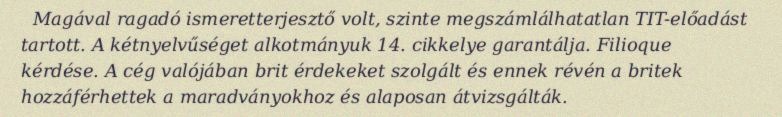
Magával ragadó ismeretterjesztő volt, szinte megszámlálhatatlan TIT-előadást tartott. A kétnyelvűséget alkotmányuk 14. cikkelye garantálja. Filioque kérdése. A cég valójában brit érdekeket szolgált és ennek révén a britek hozzáférhettek a maradványokhoz és alaposan átvizsgálták.